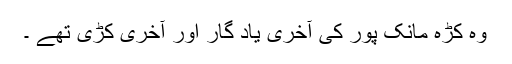
وہ کڑہ مانک پور کی آخری یاد گار اور آخری کڑی تھے ۔